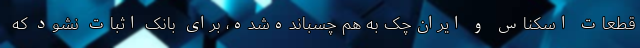
قطعات اسکناس و ایران‌چک به هم چسبانده‌شده، برای بانک اثبات نشود که